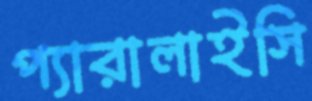
প্যারালাইসি